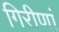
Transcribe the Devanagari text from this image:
गिरीणां